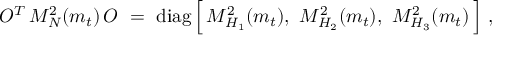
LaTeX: O ^ { T } \, { \cal M } _ { N } ^ { 2 } ( m _ { t } ) \, O \ = \ \mathrm { d i a g } \, \Big [ \, M _ { H _ { 1 } } ^ { 2 } ( m _ { t } ) , \ M _ { H _ { 2 } } ^ { 2 } ( m _ { t } ) , \ M _ { H _ { 3 } } ^ { 2 } ( m _ { t } ) \, \Big ] \ ,